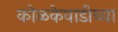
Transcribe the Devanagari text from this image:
कोळकेवाडीच्या